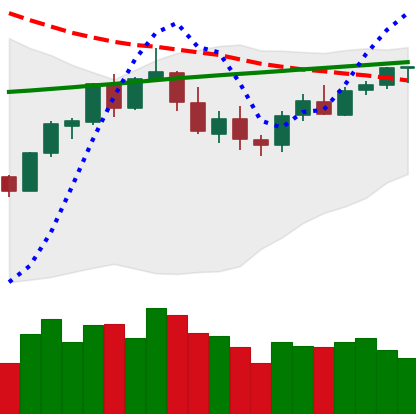
Ticker: BTC-USD
Chart end date: 2018-03-04
Forward return: -18.893%
Label: down_7plus